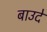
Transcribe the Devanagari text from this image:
बाउदे